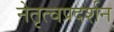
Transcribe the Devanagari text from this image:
नेतृत्वप्रदर्शन